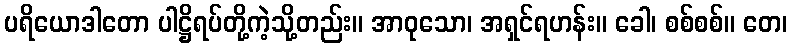
ပရိယောဒါတော ပါဋ္ဌိရပ်တို့ကဲ့သို့တည်း။ အာဝုသော၊ အရှင်ရဟန်း။ ခေါ၊ စစ်စစ်။ တေ၊